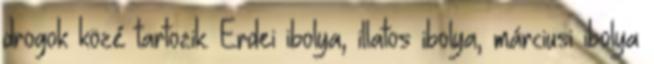
drogok közé tartozik. Erdei ibolya, illatos ibolya, márciusi ibolya